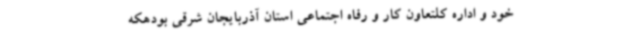
خود و اداره کلتعاون کار و رفاه اجتماعی استان آذربایجان شرقی بودهکه